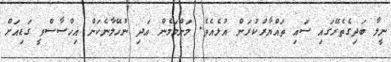
ނީލާ ބަދިގެތެރޭގައި ސައި ތައްޔާރުކުރަން އުޅެއެވެ. މަންމަމެން އަދި ނުހޭލާނެކަން އިހްސާސްވީ ގަޑިއަށް